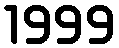
1999